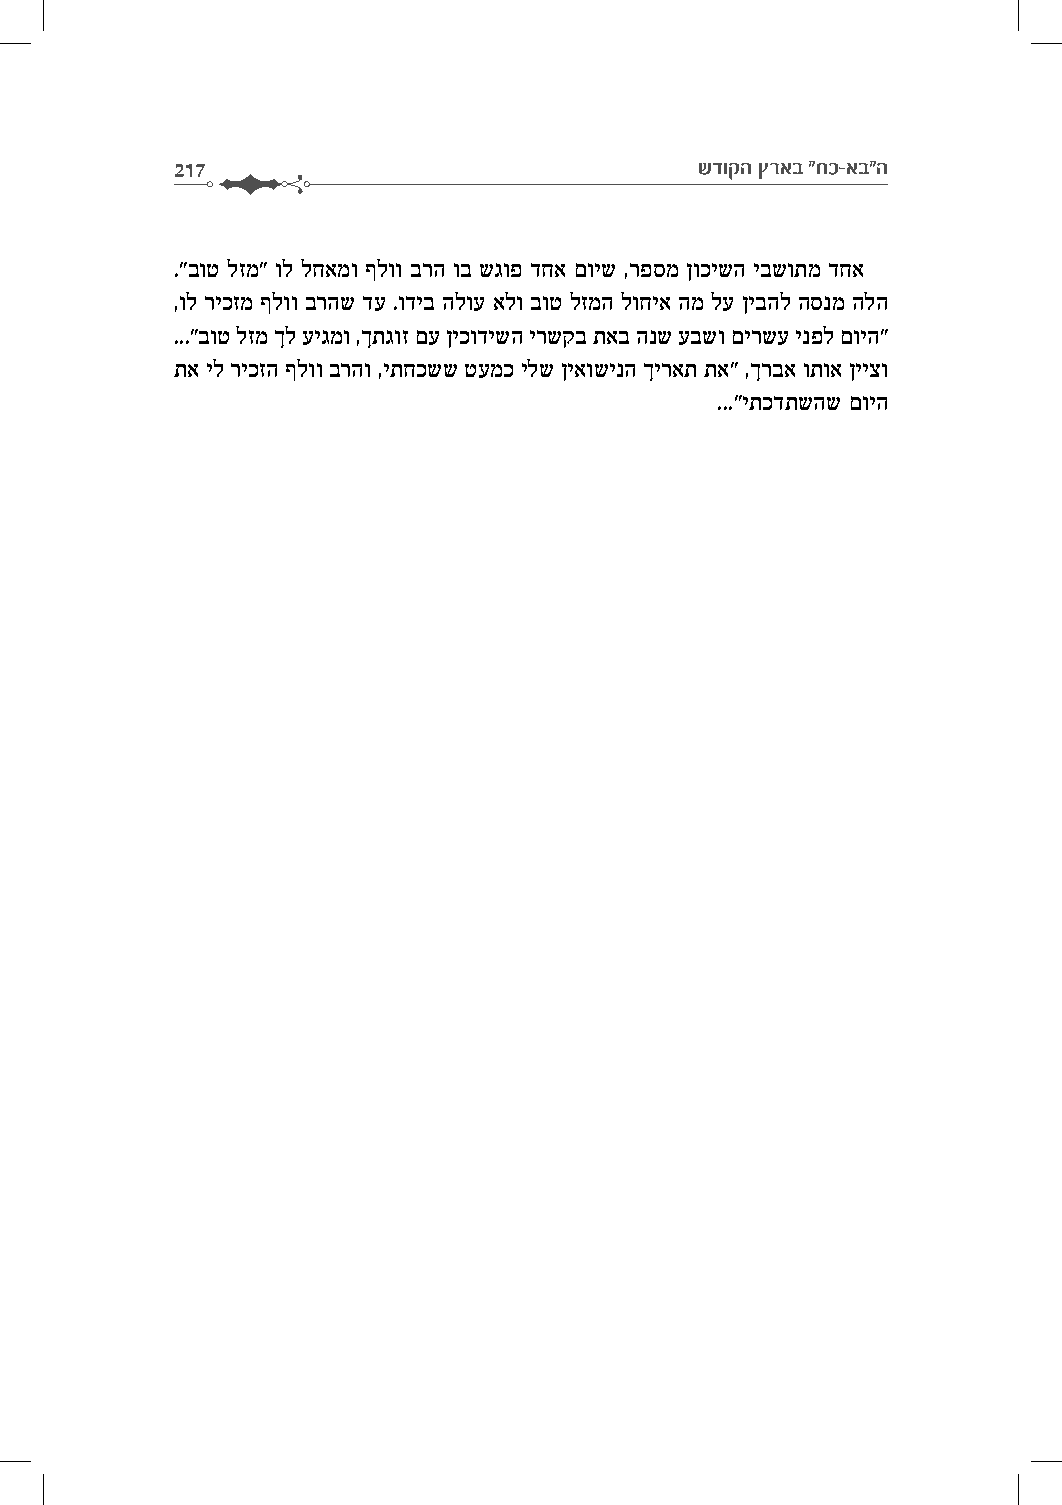
217                                שדוקה ץראב "חכ-אב"ה
 ."בוט לזמ" ול לחאמו ףלוו ברה וב שגופ דחא םויש ,רפסמ ןוכישה יבשותמ דחא
 ,ול ריכזמ ףלוו ברהש דע .ודיב הלוע אלו בוט לזמה לוחיא המ לע ןיבהל הסנמ הלה
 ..."בוט לזמ ךל עיגמו ,ךתגוז םע ןיכודישה ירשקב תאב הנש עבשו םירשע ינפל םויה"
 תא יל ריכזה ףלוו ברהו ,יתחכשש טעמכ ילש ןיאושינה ךיראת תא" ,ךרבא ותוא ןייצו
 ..."יתכדתשהש םויה